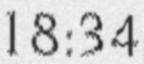
18:34